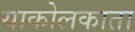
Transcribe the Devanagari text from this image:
याकोलकाता